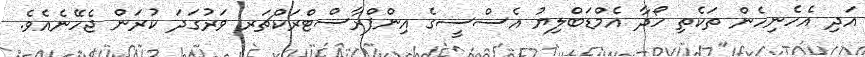
އަދި އެހެނިހެން ތަކެތި ހޯދާ އެމްޑަބްލިޔު އެސްސީގެ އިންފްރާސްޓްރަކްޗަރ ވަރުގަދަ ކުރަން ޖެހޭނެއެވެ.